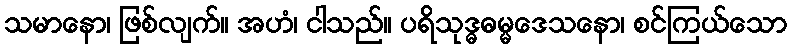
သမာနော၊ ဖြစ်လျက်။ အဟံ၊ ငါသည်။ ပရိသုဒ္ဓဓမ္မဒေသနော၊ စင်ကြယ်သော